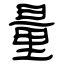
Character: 量